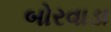
બોરવાડા